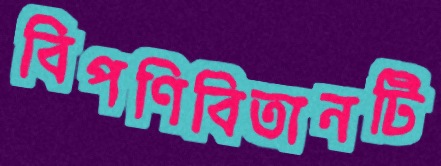
বিপণিবিতানটি